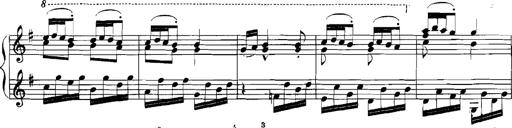
Title: Rhapsodies hongroises
Composer: Franz Liszt